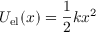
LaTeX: U _ { \mathrm { e l } } ( x ) = { \frac { 1 } { 2 } } k x ^ { 2 }